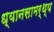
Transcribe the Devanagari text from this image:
ध्यानसामर्थ्य